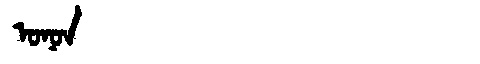
Manchu: ᠣᠨᠣᠨ
Romanization: ONON